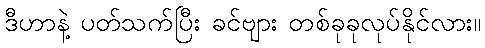
ဒီဟာနဲ့ ပတ်သက်ပြီး ခင်ဗျား တစ်ခုခုလုပ်နိုင်လား။